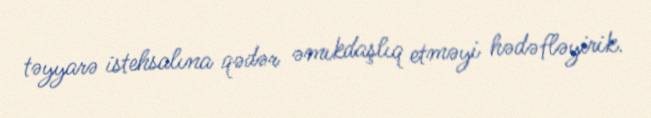
təyyarə istehsalına qədər əmıkdaşlıq etməyi hədəfləyirik.